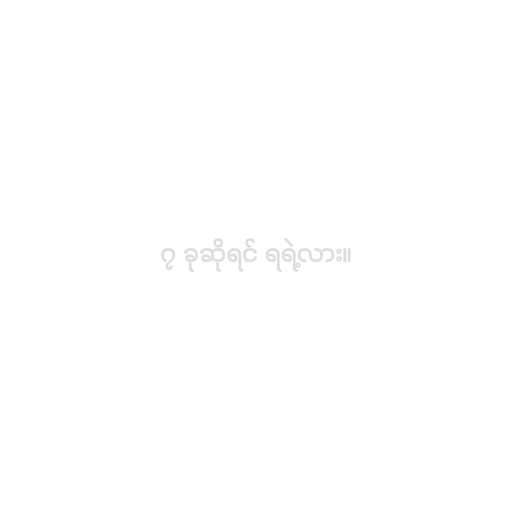
၇ ခုဆိုရင် ရရဲ့လား။